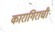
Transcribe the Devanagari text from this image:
कारागिराची